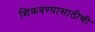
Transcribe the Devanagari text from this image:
शिकवण्यासाठीची